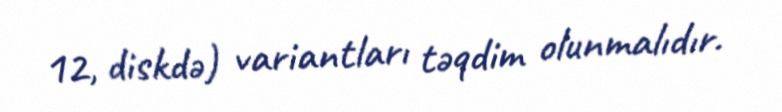
12, diskdə) variantları təqdim olunmalıdır.